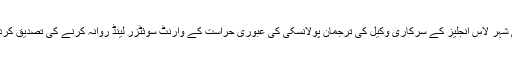
امریکی شہر لاس انجلیز کے سرکاری وکیل کی ترجمان پولانسکی کی عبوری حراست کے وارنٹ سوئٹزر لینڈ روانہ کرنے کی تصدیق کردی ہے۔